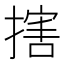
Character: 搳